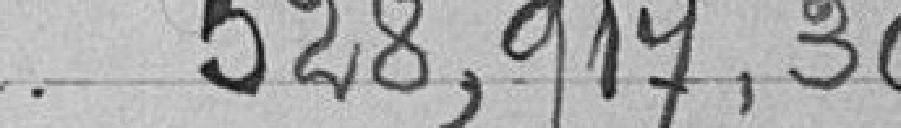
528,917,30